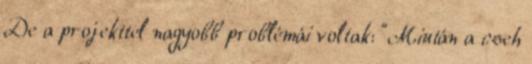
De a projekttel nagyobb problémái voltak: "Miután a cseh